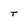
Character: T